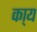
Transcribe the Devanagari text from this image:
का्य